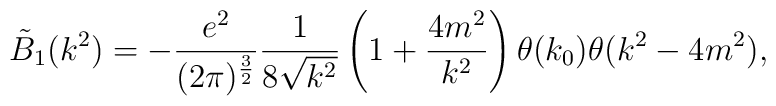
\tilde{B}_1(k^2)=-\frac{e^2}{(2\pi)^{\frac{3}{2}}}\frac{1}{8\sqrt{k^2}}\left(1+\frac{4m^2}{k^2}\right)\theta (k_0)\theta (k^2-4m^2),